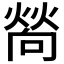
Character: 𤍀